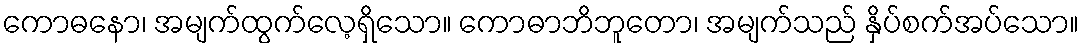
ကောဓနော၊ အမျက်ထွက်လေ့ရှိသော။ ကောဓာဘိဘူတော၊ အမျက်သည် နှိပ်စက်အပ်သော။